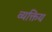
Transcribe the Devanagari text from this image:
व्यक्तिय